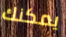
يمكنك